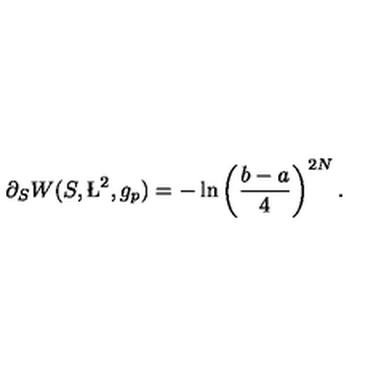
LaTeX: \partial _ { S } W ( S , \L ^ { 2 } , g _ { p } ) = - \ln \left( { \frac { b - a } { 4 } } \right) ^ { 2 N } .